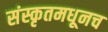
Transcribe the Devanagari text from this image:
संस्कृतमधूनच